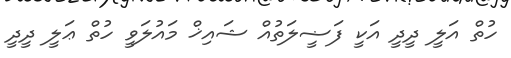
ހުތް އަލީ ދީދީ އަކީ ފަޟީލަތުއް ޝައިޚް މައުލަވީ ހުތް ޢަލީ ދީދީ